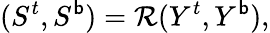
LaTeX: (S^{t},S^{\mathsf{b}})=\mathcal{{R}}(Y^{t},Y^{\mathsf{b}}),